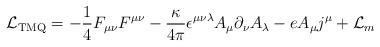
LaTeX: \begin{align*}{\cal L}_{\rm TMQ} = -\frac{1}{4}F_{\mu\nu}F^{\mu\nu} - \frac{\kappa}{4\pi} \epsilon^{\mu\nu\lambda} A_\mu \partial_\nu A_\lambda - e A_\mu j^\mu + {\cal L}_m\end{align*}